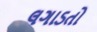
લગાડતો